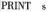
PRINT &